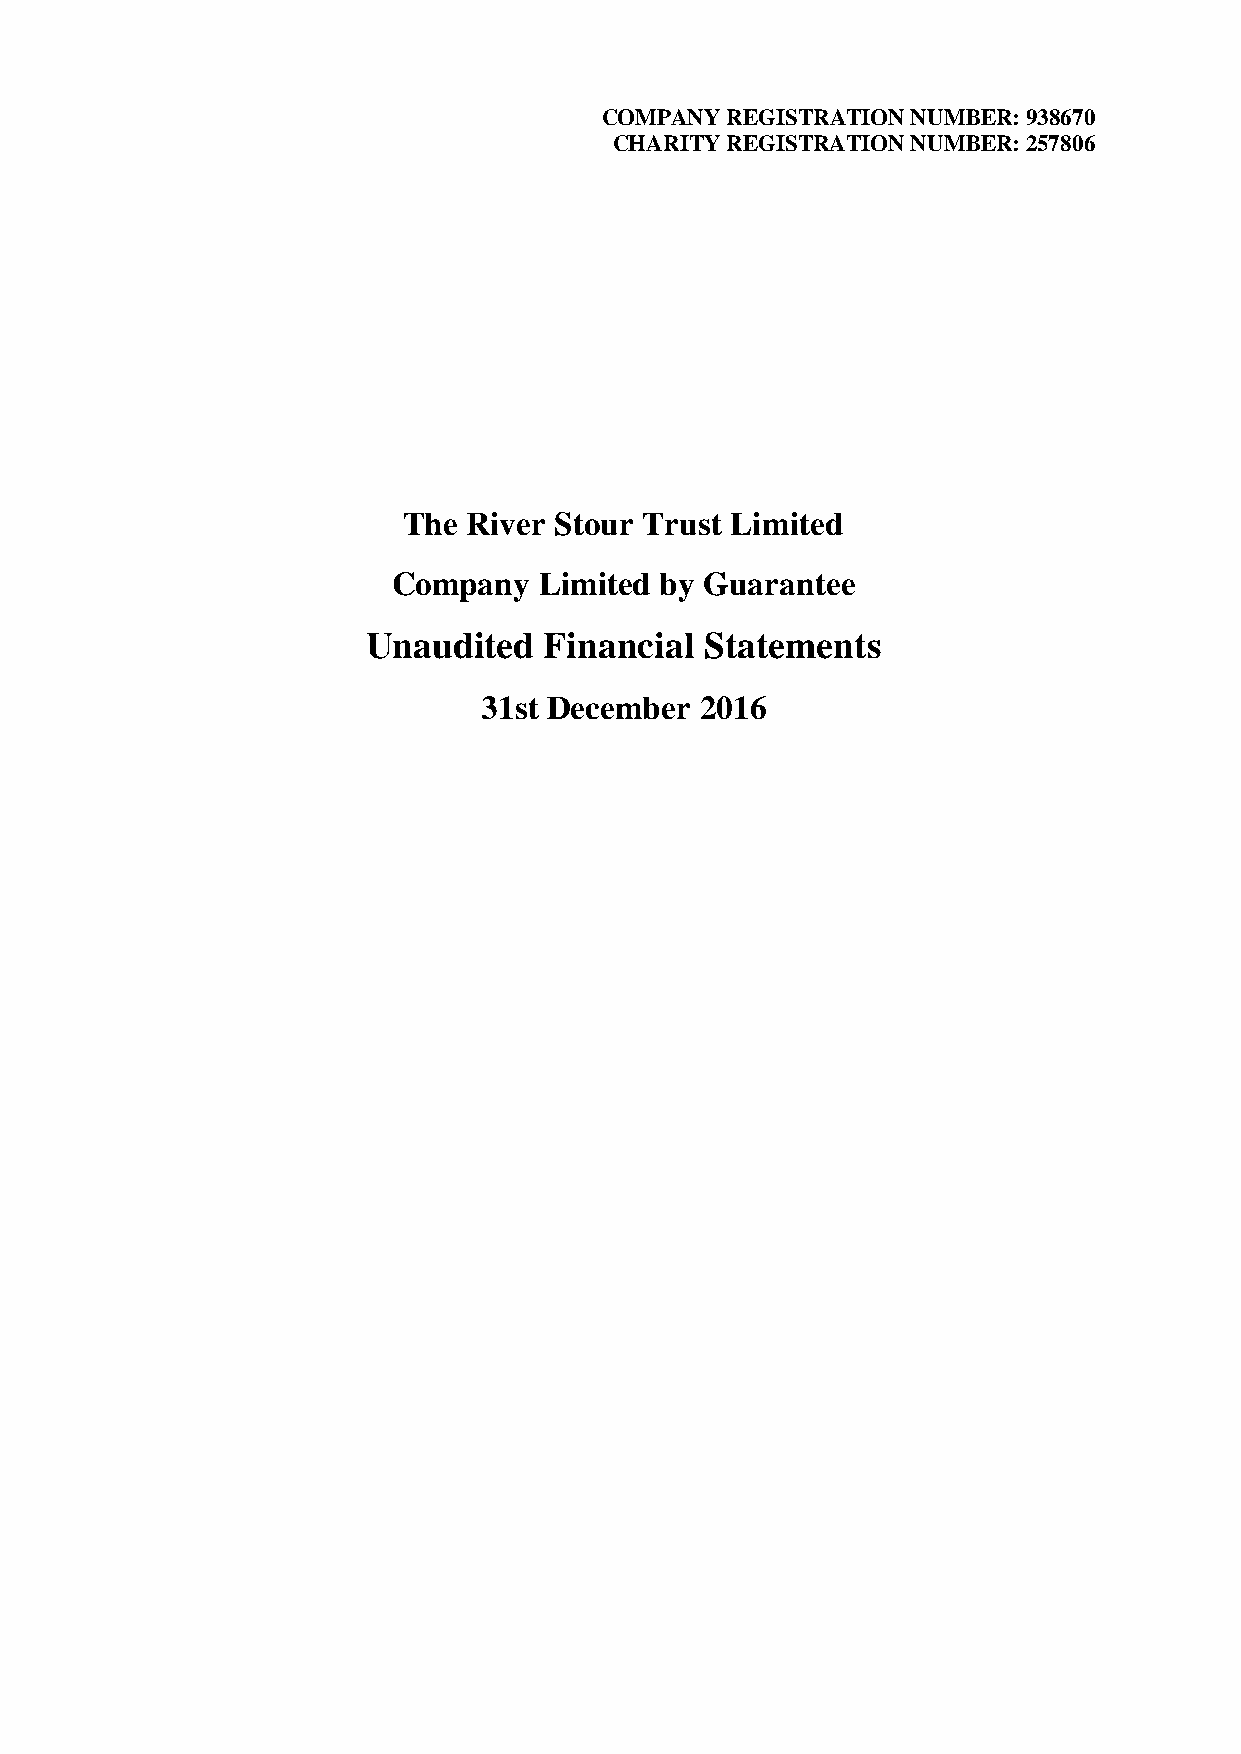
COMPANY REGISTRATION NUMBER: 938670
 CHARITY REGISTRATION NUMBER: 257806
 The River Stour Trust Limited
 Company   Limited by Guarantee
 Unaudited   Financial  Statements
 31st December 2016